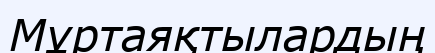
Мұртаяқтылардың